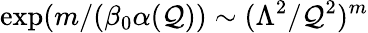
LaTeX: \exp(m/(\beta_{0}\alpha(\mathcal{Q}))\sim(\Lambda^{2}/\mathcal{Q}^{2})^{m}